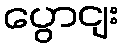
ပွောငျး